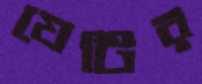
যেটির